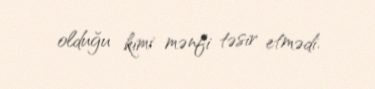
olduğu kimi mənfi təsir etmədi.